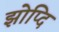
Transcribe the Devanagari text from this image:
झोप्दि